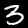
Digit: 3